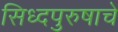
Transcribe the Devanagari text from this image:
सिध्दपुरुषाचे